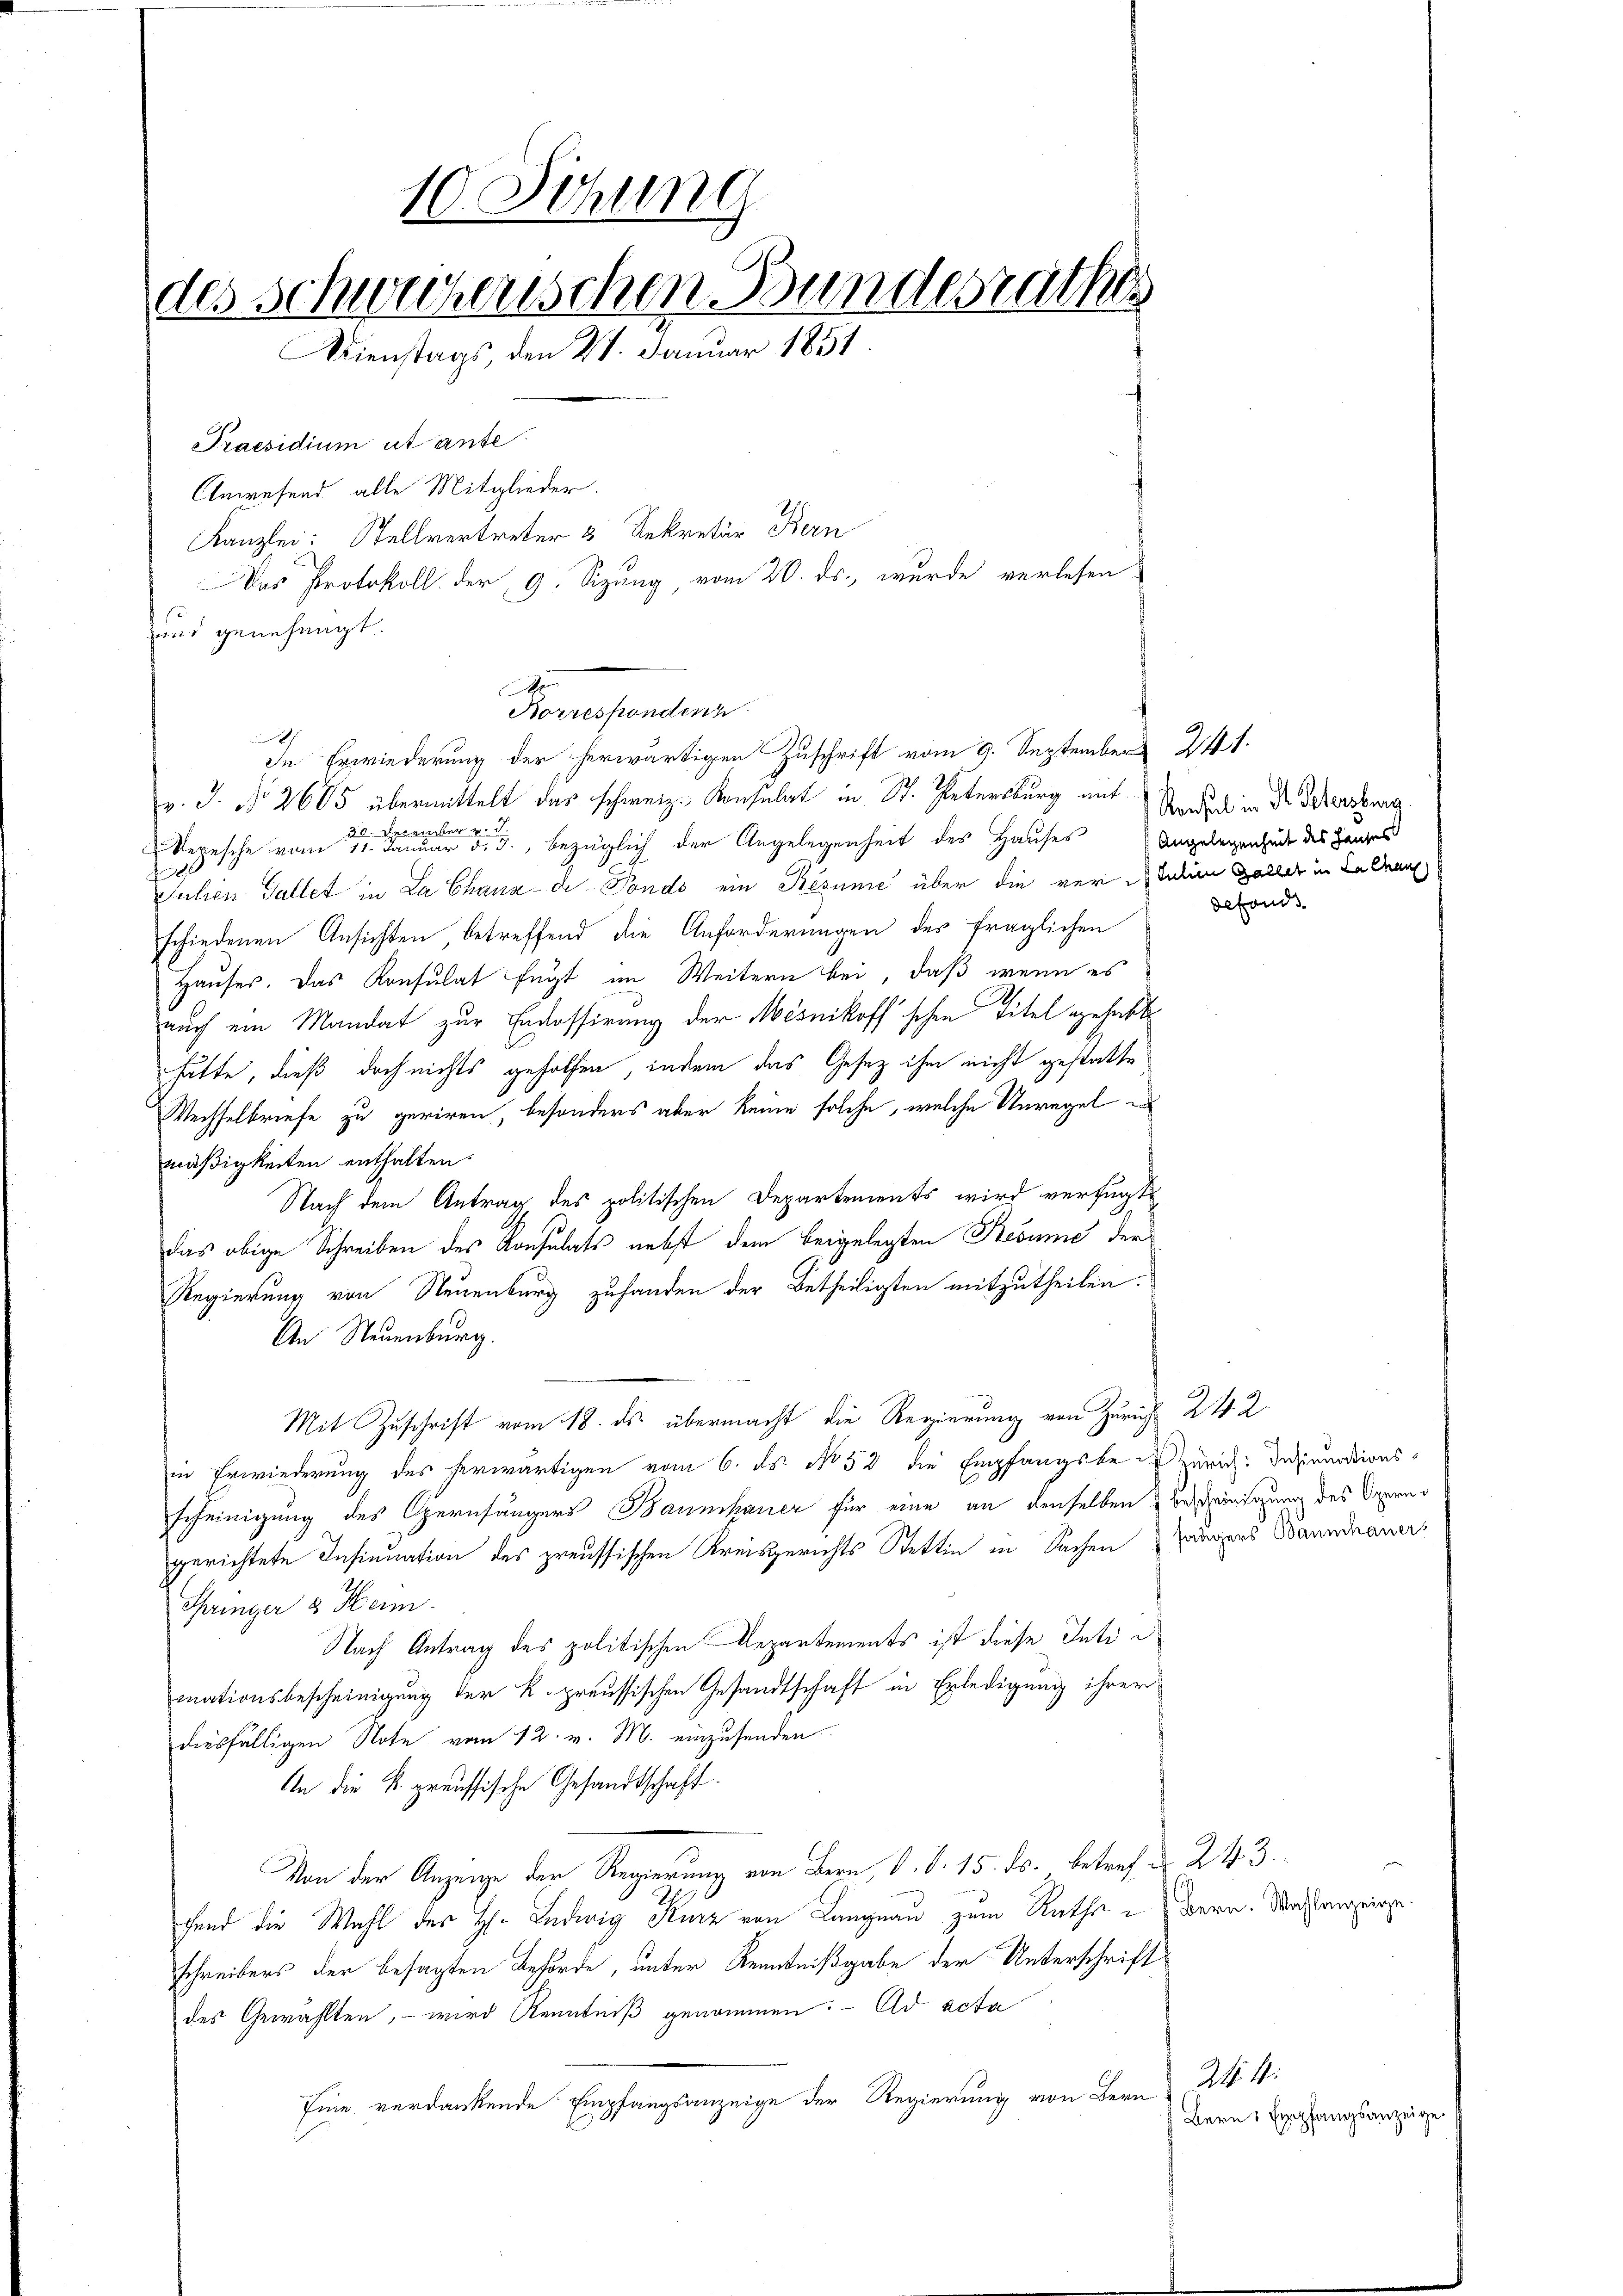
10. Sitzung
des Schweihenschen Bundesrathes
Dienstags, den 27. Januar 1851.
Praesidium ut ante
Anwesend alle Mitglieder.
Kanzlei: Stellvertreter 3 Rekretär Bern
Das Protokoll der 9. Sizung, vom 20. ds. wurde verlesen
uns genehmigt.

v. J. No 2605 übermittelt das schweiz. Konsulat in St. Untersburg mit Vorden in der Gebersburg.
30. December v
Repesche vom 11. Januar d. J., bezüglich der Angelegenheit des Hauses Angelegenheit des Langes
F
Julien Gallet in La Chaux-de Fonds ein Resume über die vertation Galler in Kellen
schiedenen Ansichten, betreffend die Anforderungen des fraglichen
Hauser. Das Konsulat fügt im Weitern bei, daß wenn es
auch ein Mandat zur Endossierung der Mesnikoff’schen Titel gehabt.
hätte, dieß doch nichts geholfen, indem das Gesetz ihm nicht gestatte
Wechselbriefe zu geriren, besonders aber keine solche, welche Unregel
mäßigkeiten enthalten.
Nach dem Antrag des politischen Departements wird verfügt
das obige Schreiben des Konsulats nebst dem beigelegten Resume der
Regierung von Neuenburg zufanden der Betheiligten mitzutheilen.
An Neuenburg
Mit Zuschrift vom 18. ds. übermacht die Regierung von Zürich 24 2
in Erwiederung des herwärtigen vom 6. ds. No 52 die Empfangsbe-Zürich: Insinuationsscheinigung des Opernhängers Baumhauer für eine an denselben Bescheinigung des Opern
gerichtete Insinuation des preussischen Kreisgerichts Stettin in Sachen Zängers Banndauer,
Springer & Hein
Nach Antrag des politischen Departements ist diese Intimationsbescheinigung der K. preussischen Gesandtschaft in Erledigung ihrer
diesfälligen Note vom 12. v. M. einzusenden.
An die k. preussische Gesandtschaft.
Von der Anzeige der Regierung von Bern, d. d. 15. ds. betref d. 243.
fend die Wahl der H. Ludwig Kurz von Langnau zum Rathe in Bern. Wahlanzeige.
schreibers der besagten Behörde, unter Kenntnißgabe der Unterschrift
des Gewählten, – wird Kenntniß genommen. - Ad acta
Eine verdankende Empfangsanzeige der Regierung von Bern

A

Norrespondenz
In Erwiederung der herwärtigen Zuschrift vom 9. September 241.

defonds.

24 f:
Bern Empfangsanzeige